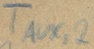
Text: TAUX,2